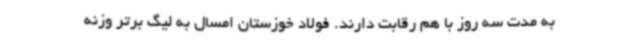
به مدت سه روز با هم رقابت دارند. فولاد خوزستان امسال به لیگ برتر وزنه